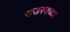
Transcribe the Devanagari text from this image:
राजस्वच्या